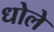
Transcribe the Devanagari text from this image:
धोले